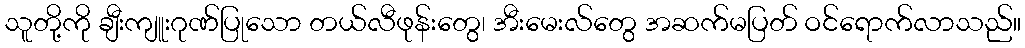
သူတို့ကို ချီးကျူးဂုဏ်ပြုသော တယ်လီဖုန်းတွေ၊ အီးမေးလ်တွေ အဆက်မပြတ် ဝင်ရောက်လာသည်။